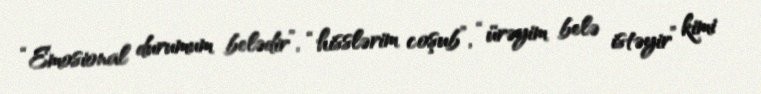
“Emosional durumum belədir”, “hisslərim coşub”, “ürəyim belə istəyir” kimi